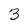
Character: 3